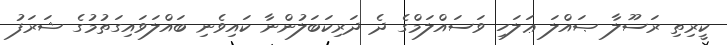
ކީރިތި ރަސޫލާ ޞައްލަ ޢަލަހި ވަސައްލަމްގެ ދެ ދަރިކަބަލުންނާ ކައިވެނި ބައްލަވައިގަތުމުގެ ޝަރަފު